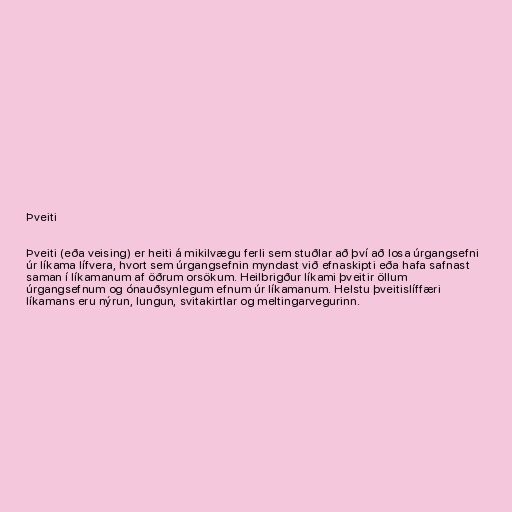
Þveiti

Þveiti (eða veising) er heiti á mikilvægu ferli sem stuðlar að því að losa úrgangsefni
úr líkama lífvera, hvort sem úrgangsefnin myndast við efnaskipti eða hafa safnast
saman í líkamanum af öðrum orsökum. Heilbrigður líkami þveitir öllum
úrgangsefnum og ónauðsynlegum efnum úr líkamanum. Helstu þveitislíffæri
líkamans eru nýrun, lungun, svitakirtlar og meltingarvegurinn.